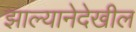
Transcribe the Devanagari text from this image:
झाल्यानेदेखील